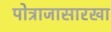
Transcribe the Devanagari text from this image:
पोत्राजासारखा